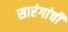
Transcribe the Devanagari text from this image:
सारंगांची